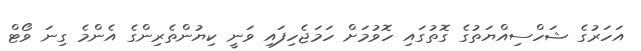
އަހަރުގެ ޝަހްސިއްޔަތުގެ ގޮތުގައި ހޮވުމަށް ހަމަޖެހިފައި ވަނީ ކިޔުންތެރިންގެ އެންމެ ގިނަ ވޯޓް